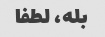
بله، لطفا